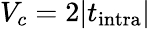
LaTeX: V_{c}=2|t_{\textrm{intra}}|